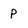
Character: p